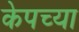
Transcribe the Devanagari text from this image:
केपच्या